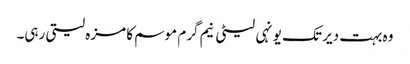
وہ بہت دیر تک یونہی لیٹی نیم گرم موسم کا مزہ لیتی رہی۔